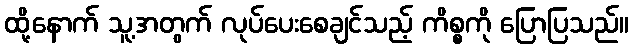
ထို့နောက် သူ့အတွက် လုပ်ပေးစေချင်သည့် ကိစ္စကို ပြောပြသည်။